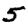
Digit: 5